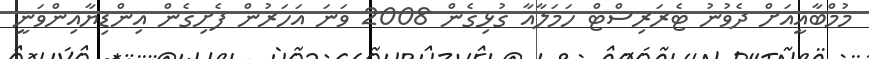
މުމްބާއީއަށް ދެވުނު ޓެރަރިސްޓް ހަމަލާއާ ގުޅިގެން 2008 ވަނަ އަހަރުން ފެށިގެން އިންޑިޔާއިންވަނީ